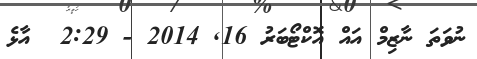
ނުވަތަ ނާޒިމް އައް އޮކްޓޯބަރު 16